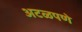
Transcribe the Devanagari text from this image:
अटळपणे